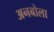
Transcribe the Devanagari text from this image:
अनबोला